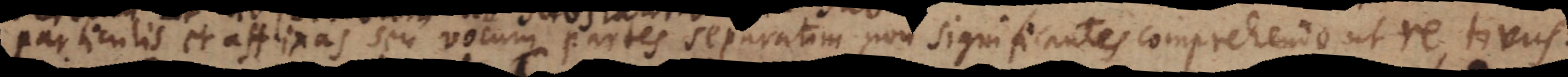
particulis et affixas seu vocum partes separatim non significantes comprehendo, ut re, tivus.